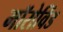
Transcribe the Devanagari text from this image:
मॉरोविंड